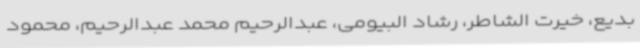
بدیع، خیرت الشاطر، رشاد البیومی، عبدالرحیم محمد عبدالرحیم، محمود